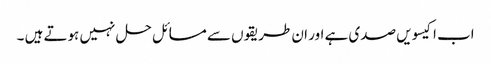
اب اکیسویں صدی ہے اور ان طریقوں سے مسائل حل نہیں ہوتے ہیں ۔